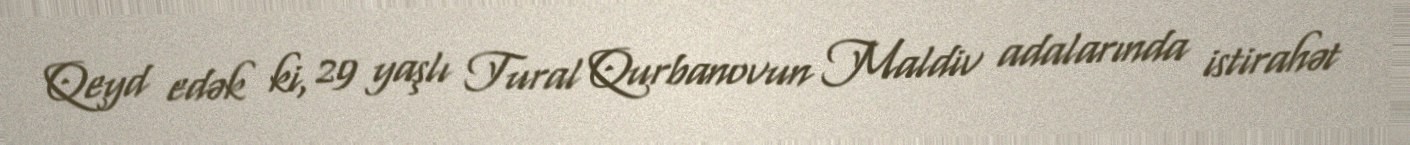
Qeyd edək ki, 29 yaşlı Tural Qurbanovun Maldiv adalarında istirahət